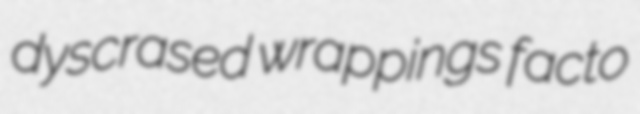
dyscrased wrappings facto